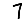
Digit: 7